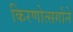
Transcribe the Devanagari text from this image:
किरणोत्‍सर्गाने